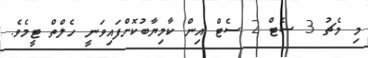
މި މެޗު 3 ސެޓް 2 ސެޓް އިން ކާމިޔާބުކޮށްފައިވަނީ ހެލްތް ޓީމެވެ.